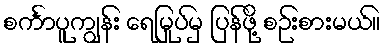
စင်္ကာပူကျွန်း ရေမြုပ်မှ ပြန်ဖို့ စဉ်းစားမယ်။